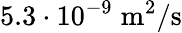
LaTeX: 5.3\cdot 10^{-9}\; \mathrm{m}^{2}/\mathrm{s}